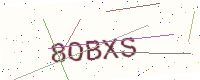
Text: 8OBXS